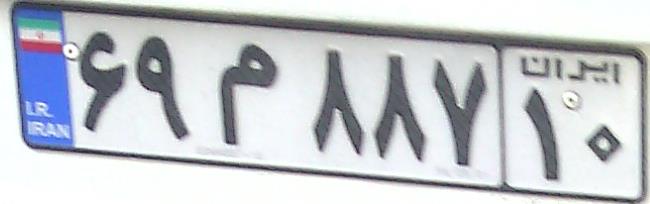
۶۹م۸۸۷۱۰